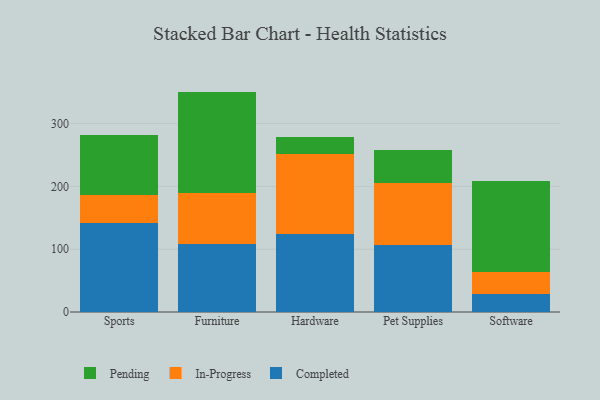
{"axis": {"x": "Category", "y": "Budget (USD K)"}, "legend": ["Completed", "In-Progress", "Pending"], "data": [{"x": "Sports", "y": 141.0, "type": "Completed"}, {"x": "Sports", "y": 45.8, "type": "In-Progress"}, {"x": "Sports", "y": 94.4, "type": "Pending"}, {"x": "Furniture", "y": 108.2, "type": "Completed"}, {"x": "Furniture", "y": 81.9, "type": "In-Progress"}, {"x": "Furniture", "y": 160.9, "type": "Pending"}, {"x": "Hardware", "y": 124.4, "type": "Completed"}, {"x": "Hardware", "y": 126.6, "type": "In-Progress"}, {"x": "Hardware", "y": 28.5, "type": "Pending"}, {"x": "Pet Supplies", "y": 106.4, "type": "Completed"}, {"x": "Pet Supplies", "y": 99.1, "type": "In-Progress"}, {"x": "Pet Supplies", "y": 52.9, "type": "Pending"}, {"x": "Software", "y": 28.9, "type": "Completed"}, {"x": "Software", "y": 34.8, "type": "In-Progress"}, {"x": "Software", "y": 144.5, "type": "Pending"}]}